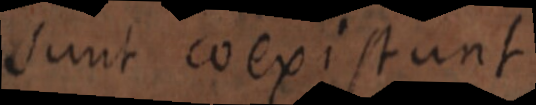
sunt coexistunt